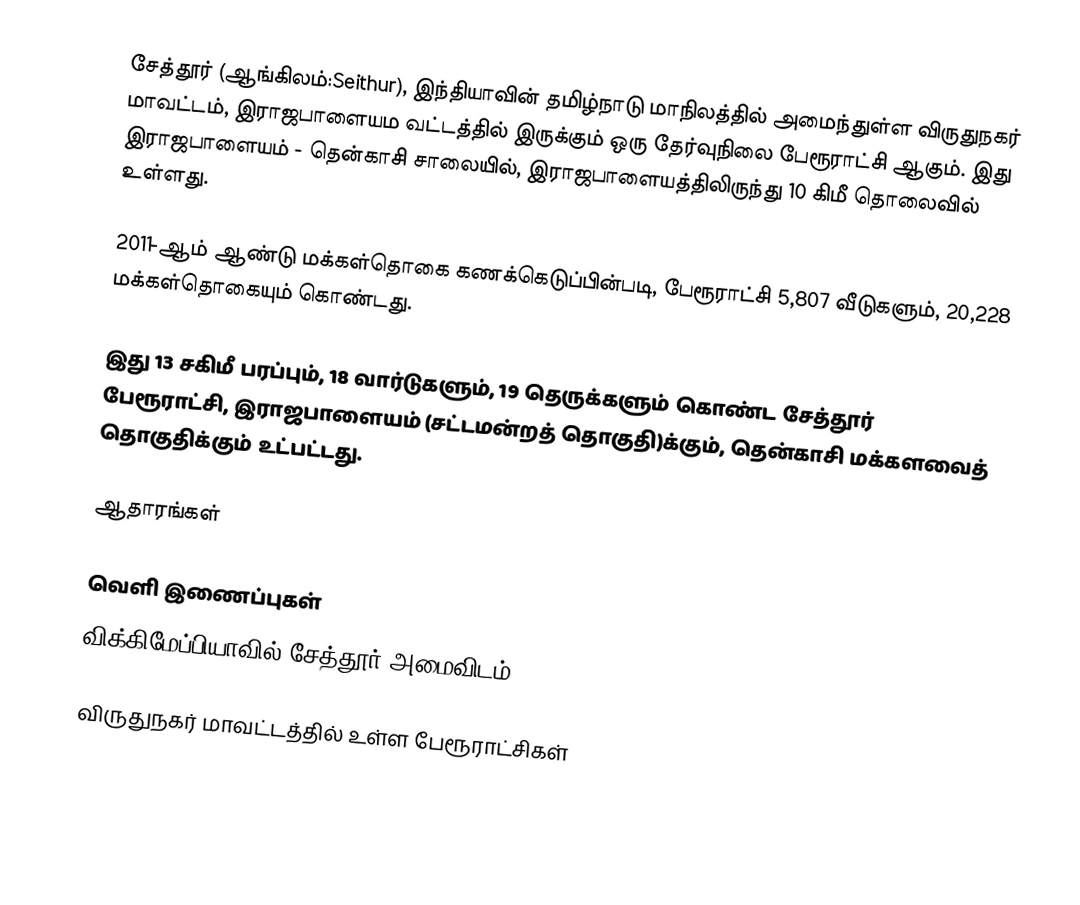
சேத்தூர் (ஆங்கிலம்:Seithur), இந்தியாவின் தமிழ்நாடு மாநிலத்தில் அமைந்துள்ள விருதுநகர் மாவட்டம், இராஜபாளையம வட்டத்தில் இருக்கும் ஒரு தேர்வுநிலை பேரூராட்சி ஆகும். இது  இராஜபாளையம் - தென்காசி சாலையில், இராஜபாளையத்திலிருந்து 10 கிமீ தொலைவில் உள்ளது.

2011-ஆம் ஆண்டு மக்கள்தொகை கணக்கெடுப்பின்படி, பேரூராட்சி    5,807   வீடுகளும்,  20,228     மக்கள்தொகையும் கொண்டது.

இது 13 சகிமீ பரப்பும்,  18 வார்டுகளும், 19 தெருக்களும் கொண்ட சேத்தூர் பேரூராட்சி, இராஜபாளையம் (சட்டமன்றத் தொகுதி)க்கும், தென்காசி மக்களவைத் தொகுதிக்கும் உட்பட்டது.

ஆதாரங்கள்

வெளி இணைப்புகள்
 விக்கிமேப்பியாவில் சேத்தூர் அமைவிடம்

விருதுநகர் மாவட்டத்தில் உள்ள பேரூராட்சிகள்